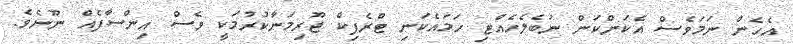
އެހެން ނަމަވެސް އެކަންކަން ނުބެލެހެއްޓި ހަމައެކަނި ޓްރެފިކް ޖޫރިމަނާކުރުމަކީ ވެސް އިންސާފެއް ނޫނެވެ.